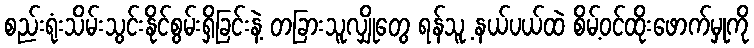
စည်းရုံးသိမ်းသွင်းနိုင်စွမ်းရှိခြင်းနဲ့ တခြားသူလျှိုတွေ ရန်သူ့ နယ်ပယ်ထဲ စိမ့်ဝင်ထိုးဖောက်မှုကို